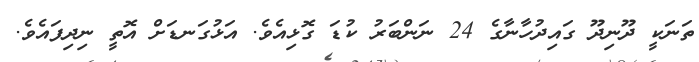
ތަނަކީ ދޫނިދޫ ގައިދުހާނާގެ 24 ނަންބަރު ކުޑަ ގޮޅިއެވެ. އަޅުގަނޑަށް އޮތީ ނިދިފައެވެ.